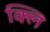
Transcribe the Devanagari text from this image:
क्लि